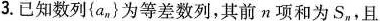
3.已知数列{a_{n}}为等差数列，其前n项和为S_{n}，且